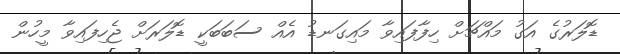
ޑޮލަރުގެ އަގު މައްޗަށް ހިފާފައިވާ މައިގަނޑު އެއް ސަބަބަކީ ޑޮލަރަށް ޖެހިފައިވާ މީހުން